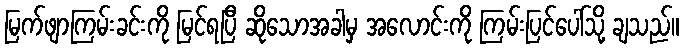
မြက်ဖျာကြမ်းခင်းကို မြင်ရပြီ ဆိုသောအခါမှ အလောင်းကို ကြမ်းပြင်ပေါ်သို့ ချသည်။